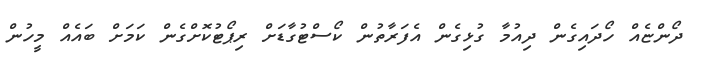
ދޯންޏެއް ހޯދައިގެން ދިއުމާ ގުޅިގެން އެފަރާތުން ކޯސްޓުގާޑަށް ރިޕޯޓުކޮށްގެން ކަމަށް ބައެއް މީހުން